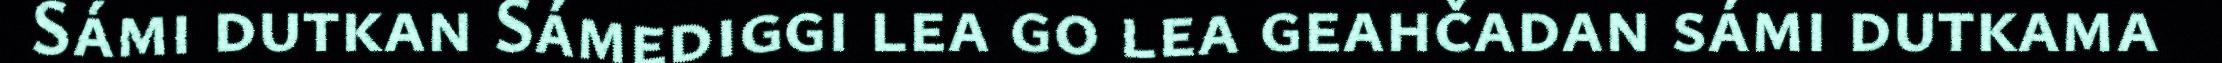
Sámi dutkan Sámediggi lea go lea geahčadan sámi dutkama